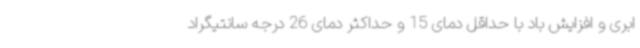
ابری و افزایش باد با حداقل دمای 15 و حداکثر دمای 26 درجه سانتیگراد